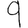
Digit: 9